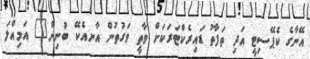
އޭނާގެ ކެޕޭސިޓީ އަދި ތަފާތު ޑައިރެކްޓަރަކަށް ވާތީ ވަގުތުން އާނއެކޭ ބުނިން" އަމިއްލަ